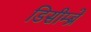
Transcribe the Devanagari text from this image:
डिसीम्ब्रे